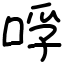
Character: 哹